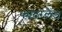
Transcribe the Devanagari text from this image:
फादरलैंड